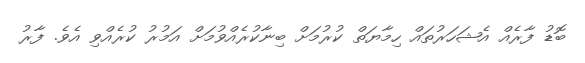
ބޮޑު ފާރެއް އެޝަހަރުތައް ހިމާޔަތް ކުރުމަށް ބިނާކުރެއްވުމަށް އަމުރު ކުރެއްވި އެވެ. ފާރު